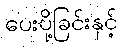
ပေးပို့ခြင်းနှင့်